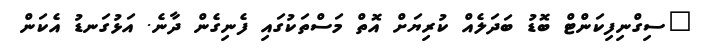
"ސިގްނިފިކަންޓް ބޮޑު ބަދަލެއް ކުރިޔަށް އޮތް މަސްތަކުގައި ފެނިގެން ދާނެ. އަޅުގަނޑު އެކަން